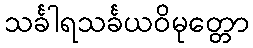
သင်္ခါရသင်္ခယဝိမုတ္တော